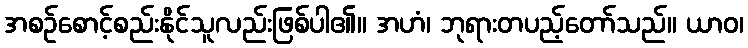
အစဉ်စောင့်စည်းနိုင်သူလည်းဖြစ်ပါ၏။ အဟံ၊ ဘုရားတပည့်တော်သည်။ ယာဝ၊